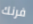
فرنك